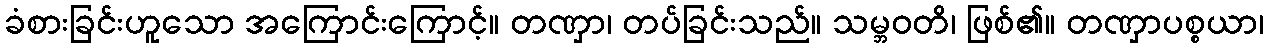
ခံစားခြင်းဟူသော အကြောင်းကြောင့်။ တဏှာ၊ တပ်ခြင်းသည်။ သမ္ဘဝတိ၊ ဖြစ်၏။ တဏှာပစ္စယာ၊